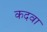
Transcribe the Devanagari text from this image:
कदवा